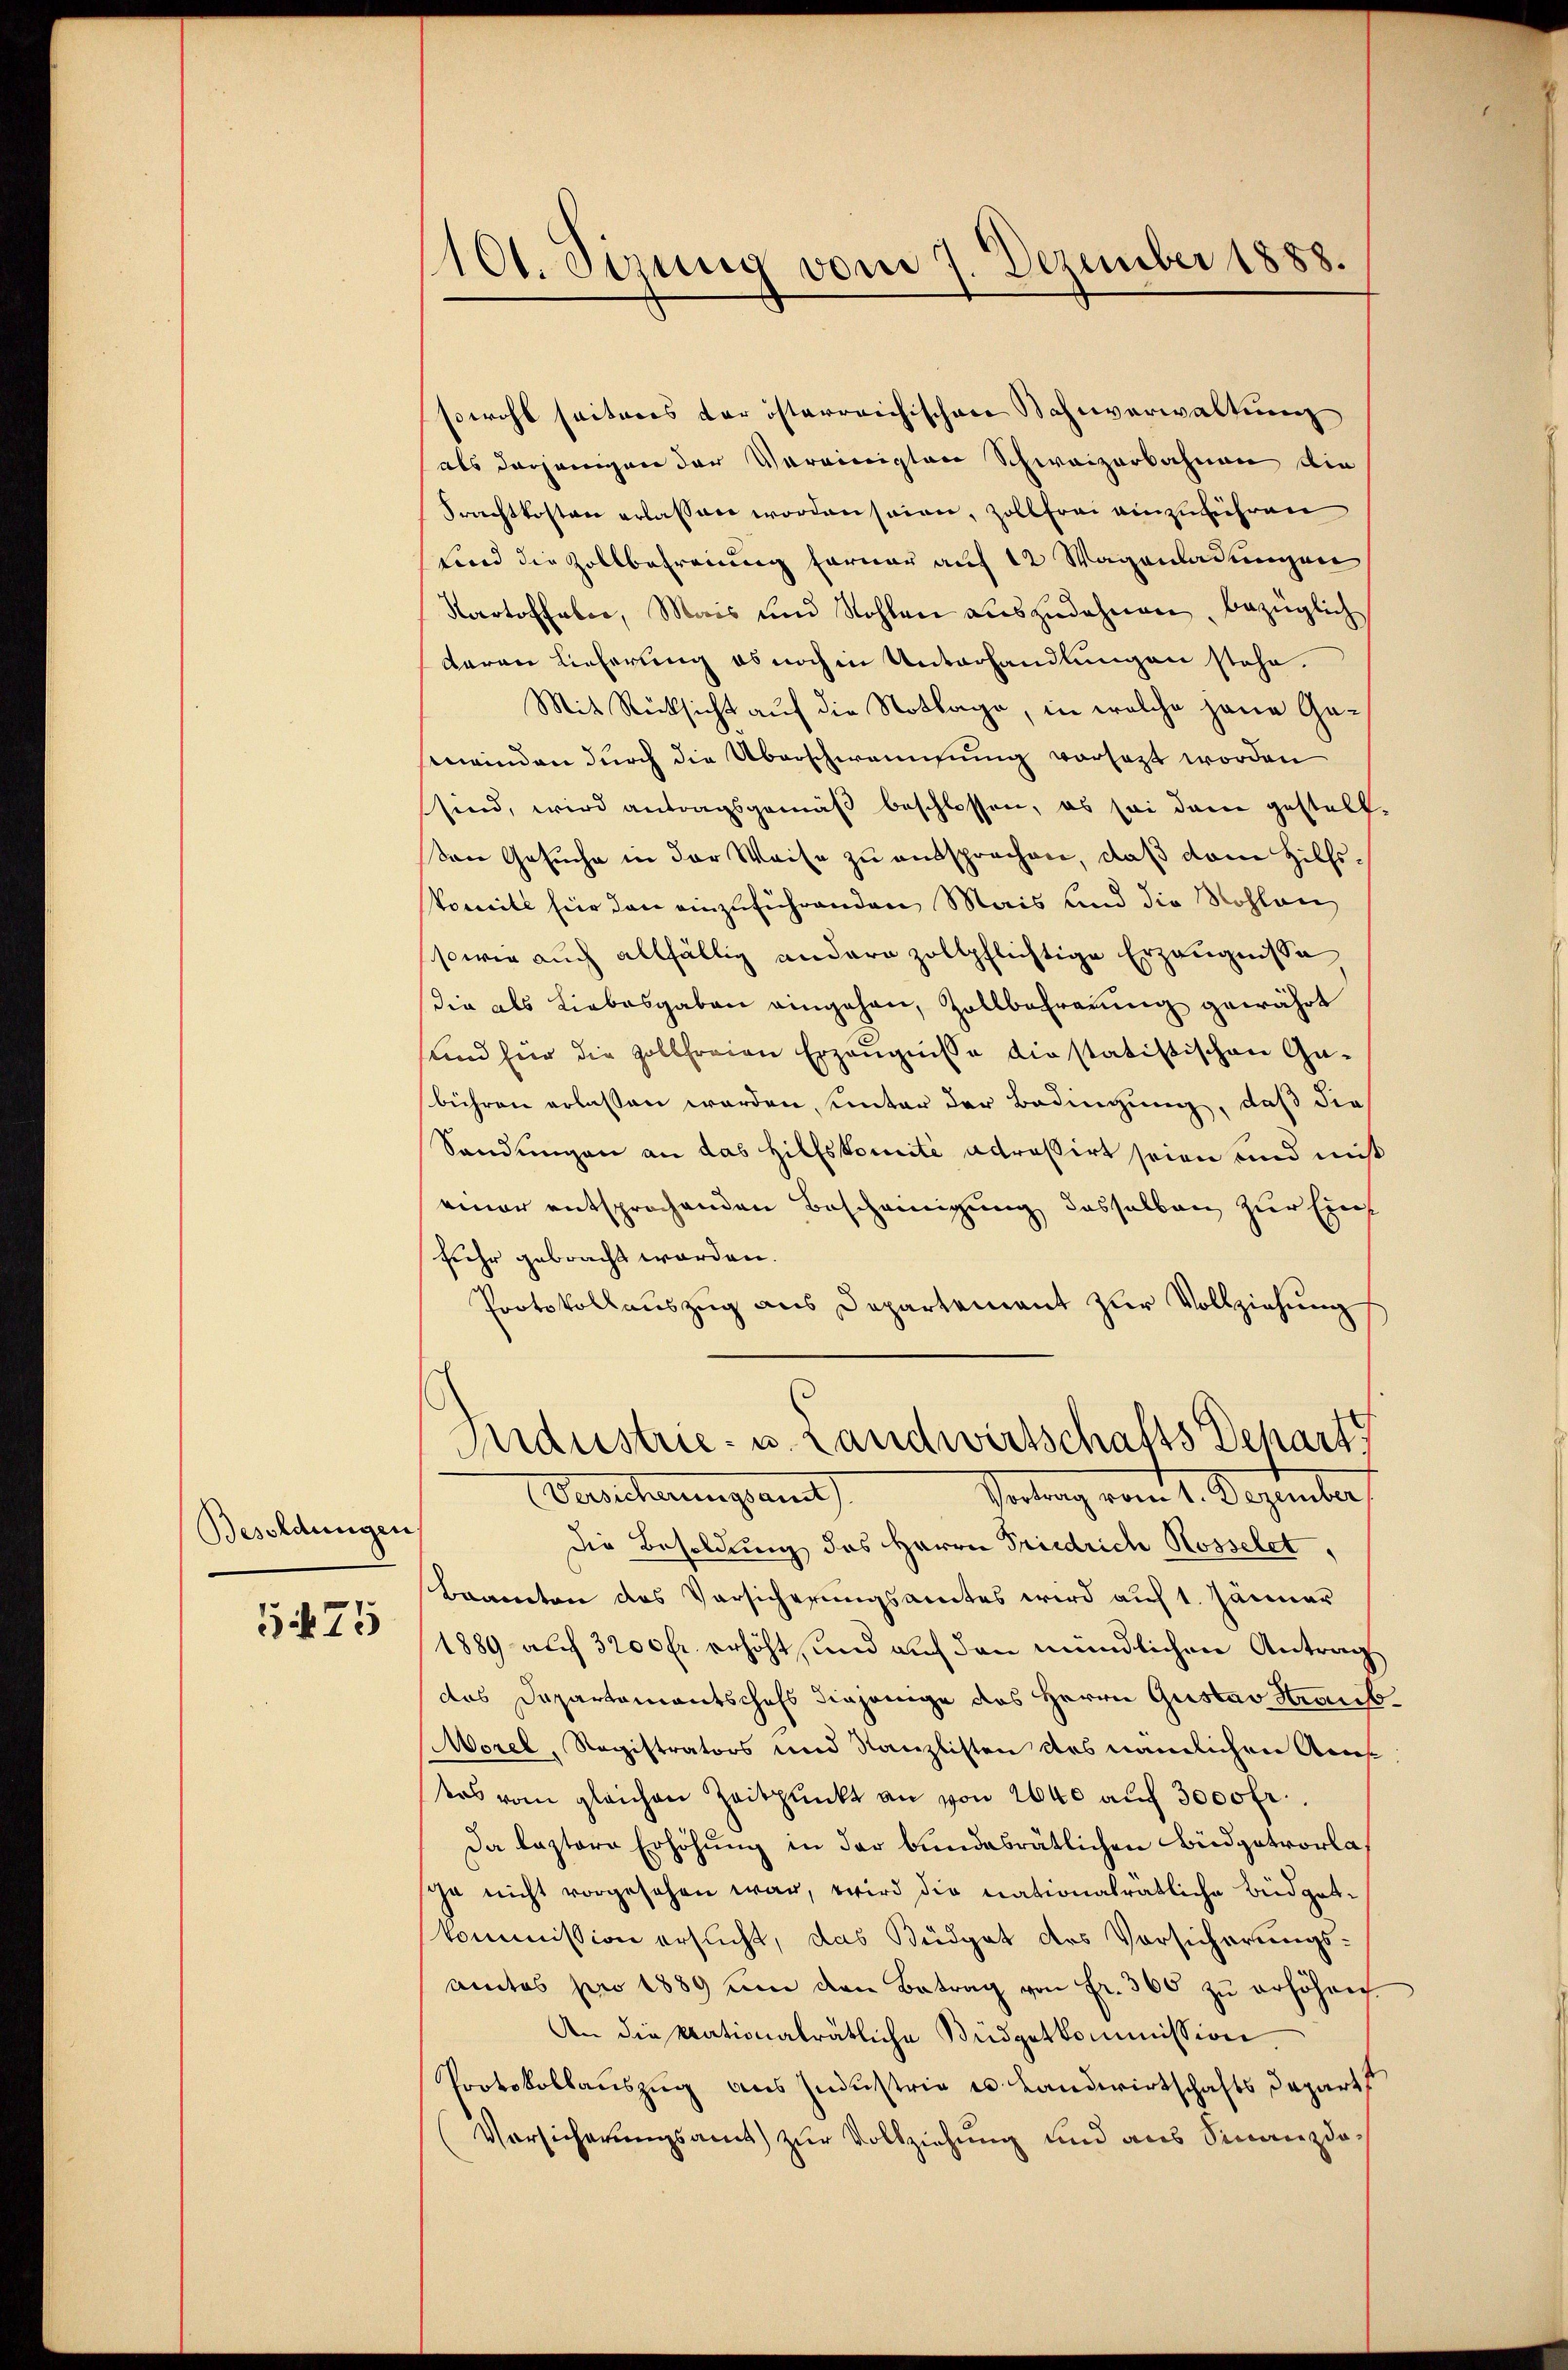
Besoldungen
575

1101. Sizung vom 7. Dezember 1888.

sowohl seiteres der österreichischen Sahnverwaltung
als derjenigen der Vereinigten Schweizerbahnen die
Frachtkosten erlassen worden seien, zollfrei einzuführen
Fond die Zollbefreiung ferner auf 12 Wagenladungen
Kartoffaber, Mais und Nohlen aŭszŭdahnen, bezüglich
deren Lieferung es noch in Unterhandlungen stehe.
Mit Rücksicht auf die Notlage, in welche jene Geswinden durch die Überschweisung vorsezt worden
sind, wird antragsgemäβ beschlossen, es sei dann gestell-
von Gesŭche in der Weise zŭ entsprochen, daß dem Hilfs-
Pomite für den einzuführenden Mais und die Nohlen
sowie auch allfällig andern zollpflichtige Erzeugnisse
die als Liebesgaben eingehen, Zollbefrauung gewährt
und für die Zollfreien Erzeugnisse die statistischen Gabühren erlassen worden, unter der Bedingung, daß die
Sandungen an das Hilfskomité adressirt seien und miß
einer entsprochenden Bescheinigung desselben zur Einfehr gebracht worden.
Protokollauszug aus Departement zur Vollziehung
Industrie- u. Landwirtschafts Depart
Vortrag vom 1. Dezember
Vereicherungsamt
Die Besoldung des Herrn Friedrich Rosselet,
Beamten des Vorsicherungsamtes wird auf 1. Jänner
1889 auf 3200 fr. erhöht, und auf den mündlichen Antrag
das Dapartamentschafs diejenige des Herrn Gustav Strans¬
Morel, Registrators und Kanzlisten des nämlichen Ans
ters vom gleichen Zeitpunkt an von 2640 auf 3000 fr.
Da lastere Erhöhung in der bundesrätlichen Büdgetvorla
sche nicht vorgesehen war, wird die nationalrätliche Büdgetkommission ersucht, das Büdget des Vorsicherungsamtes pro 1889 um den Betrag von fr. 360 zu erhöhen.
An die Nationalrätliche Büdgetkommission,
Protokollauszug aus Industrie es Landwirtschafts Depart
Vorsicherungsamt zur Vollziehung und aus Finanzda¬